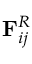
\mathbf { F } _ { i j } ^ { R }